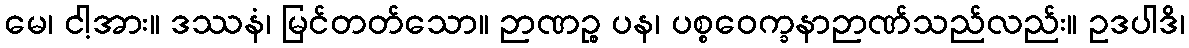
မေ၊ ငါ့အား။ ဒဿနံ၊ မြင်တတ်သော။ ဉာဏဉ္စ ပန၊ ပစ္စဝေက္ခနာဉာဏ်သည်လည်း။ ဥဒပါဒိ၊